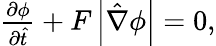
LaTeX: \begin{array}{r}{\frac{\partial\phi}{\partial\hat{t}}+F\left|\hat{\nabla}\phi\right|=0,}\end{array}